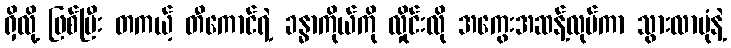
ရှိလို့ ဖြစ်ပြီး တကယ့် တီကောင်ရဲ့ ခန္ဓာကိုယ်ကို လှိုင်းလို အကွေးအဆန့်လုပ်ကာ သွားလာပုံနဲ့